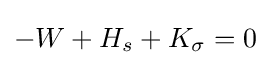
-W+H_{s}+K_{\sigma }=0